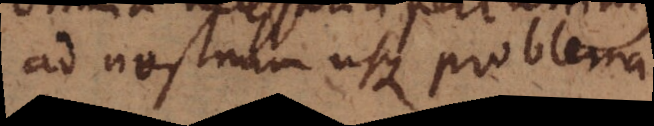
ad nostrum usque problema